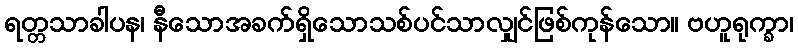
ရတ္တသာခါပန၊ နီသောအခက်ရှိသောသစ်ပင်သာလျှင်ဖြစ်ကုန်သော။ ဗဟူရုက္ခာ၊